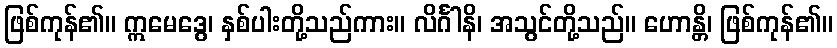
ဖြစ်ကုန်၏။ ဣမေဒွေ၊ နှစ်ပါးတို့သည်ကား။ လိင်္ဂါနိ၊ အသွင်တို့သည်။ ဟောန္တိ၊ ဖြစ်ကုန်၏။